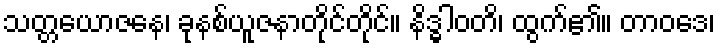
သတ္တယောဇနေ၊ ခုနစ်ယူဇနာတိုင်တိုင်။ နိဒ္ဓါဝတိ၊ ထွက်၏။ တာဝဒေ၊